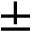
\pm